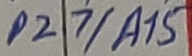
Text: P27/A15